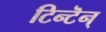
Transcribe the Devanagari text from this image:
टिन्टॆन्